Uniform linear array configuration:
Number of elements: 8
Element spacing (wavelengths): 0.75
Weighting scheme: cosine
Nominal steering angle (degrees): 0
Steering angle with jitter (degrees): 1.008
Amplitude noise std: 0.05
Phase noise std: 0.05

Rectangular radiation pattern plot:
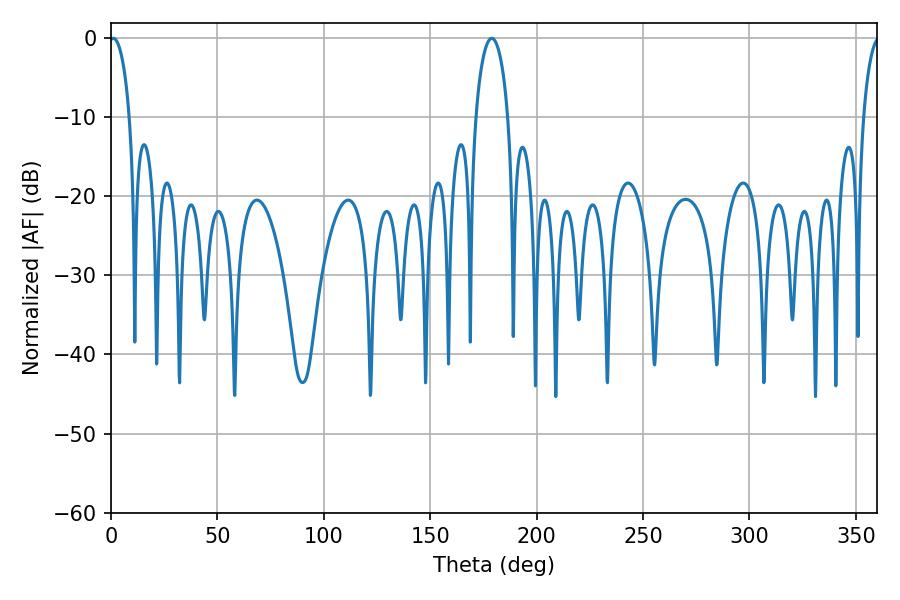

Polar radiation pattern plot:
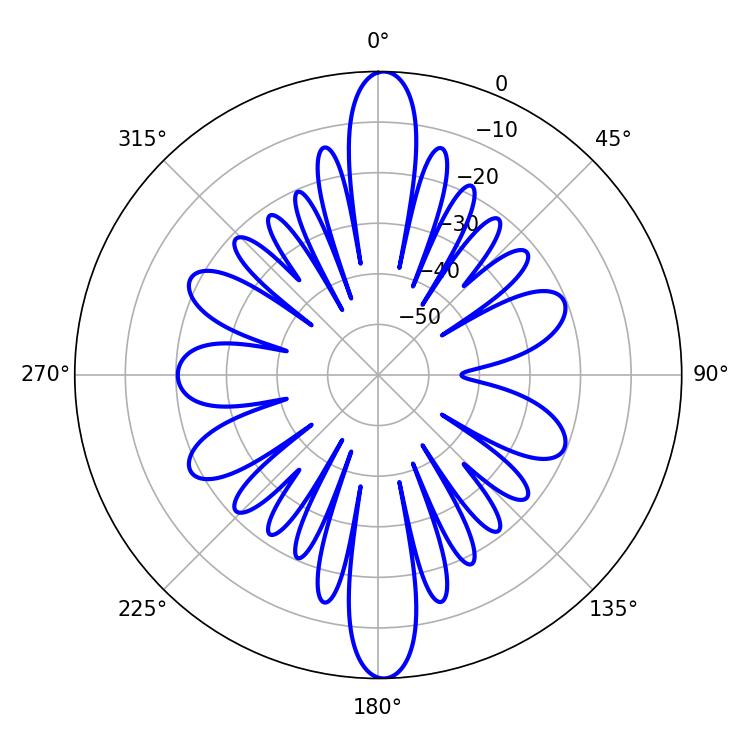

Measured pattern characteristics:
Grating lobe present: TRUE
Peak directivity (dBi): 27.502
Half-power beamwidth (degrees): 5.4
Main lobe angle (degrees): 1.08